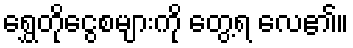
ရွှေတိုငွေစများကို တွေ့ရ လေ၏။